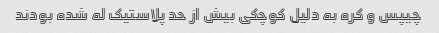
چیپس و کره به دلیل کوچکی بیش از حد پلاستیک له شده بودند